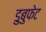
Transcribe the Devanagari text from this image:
डुबुफेट